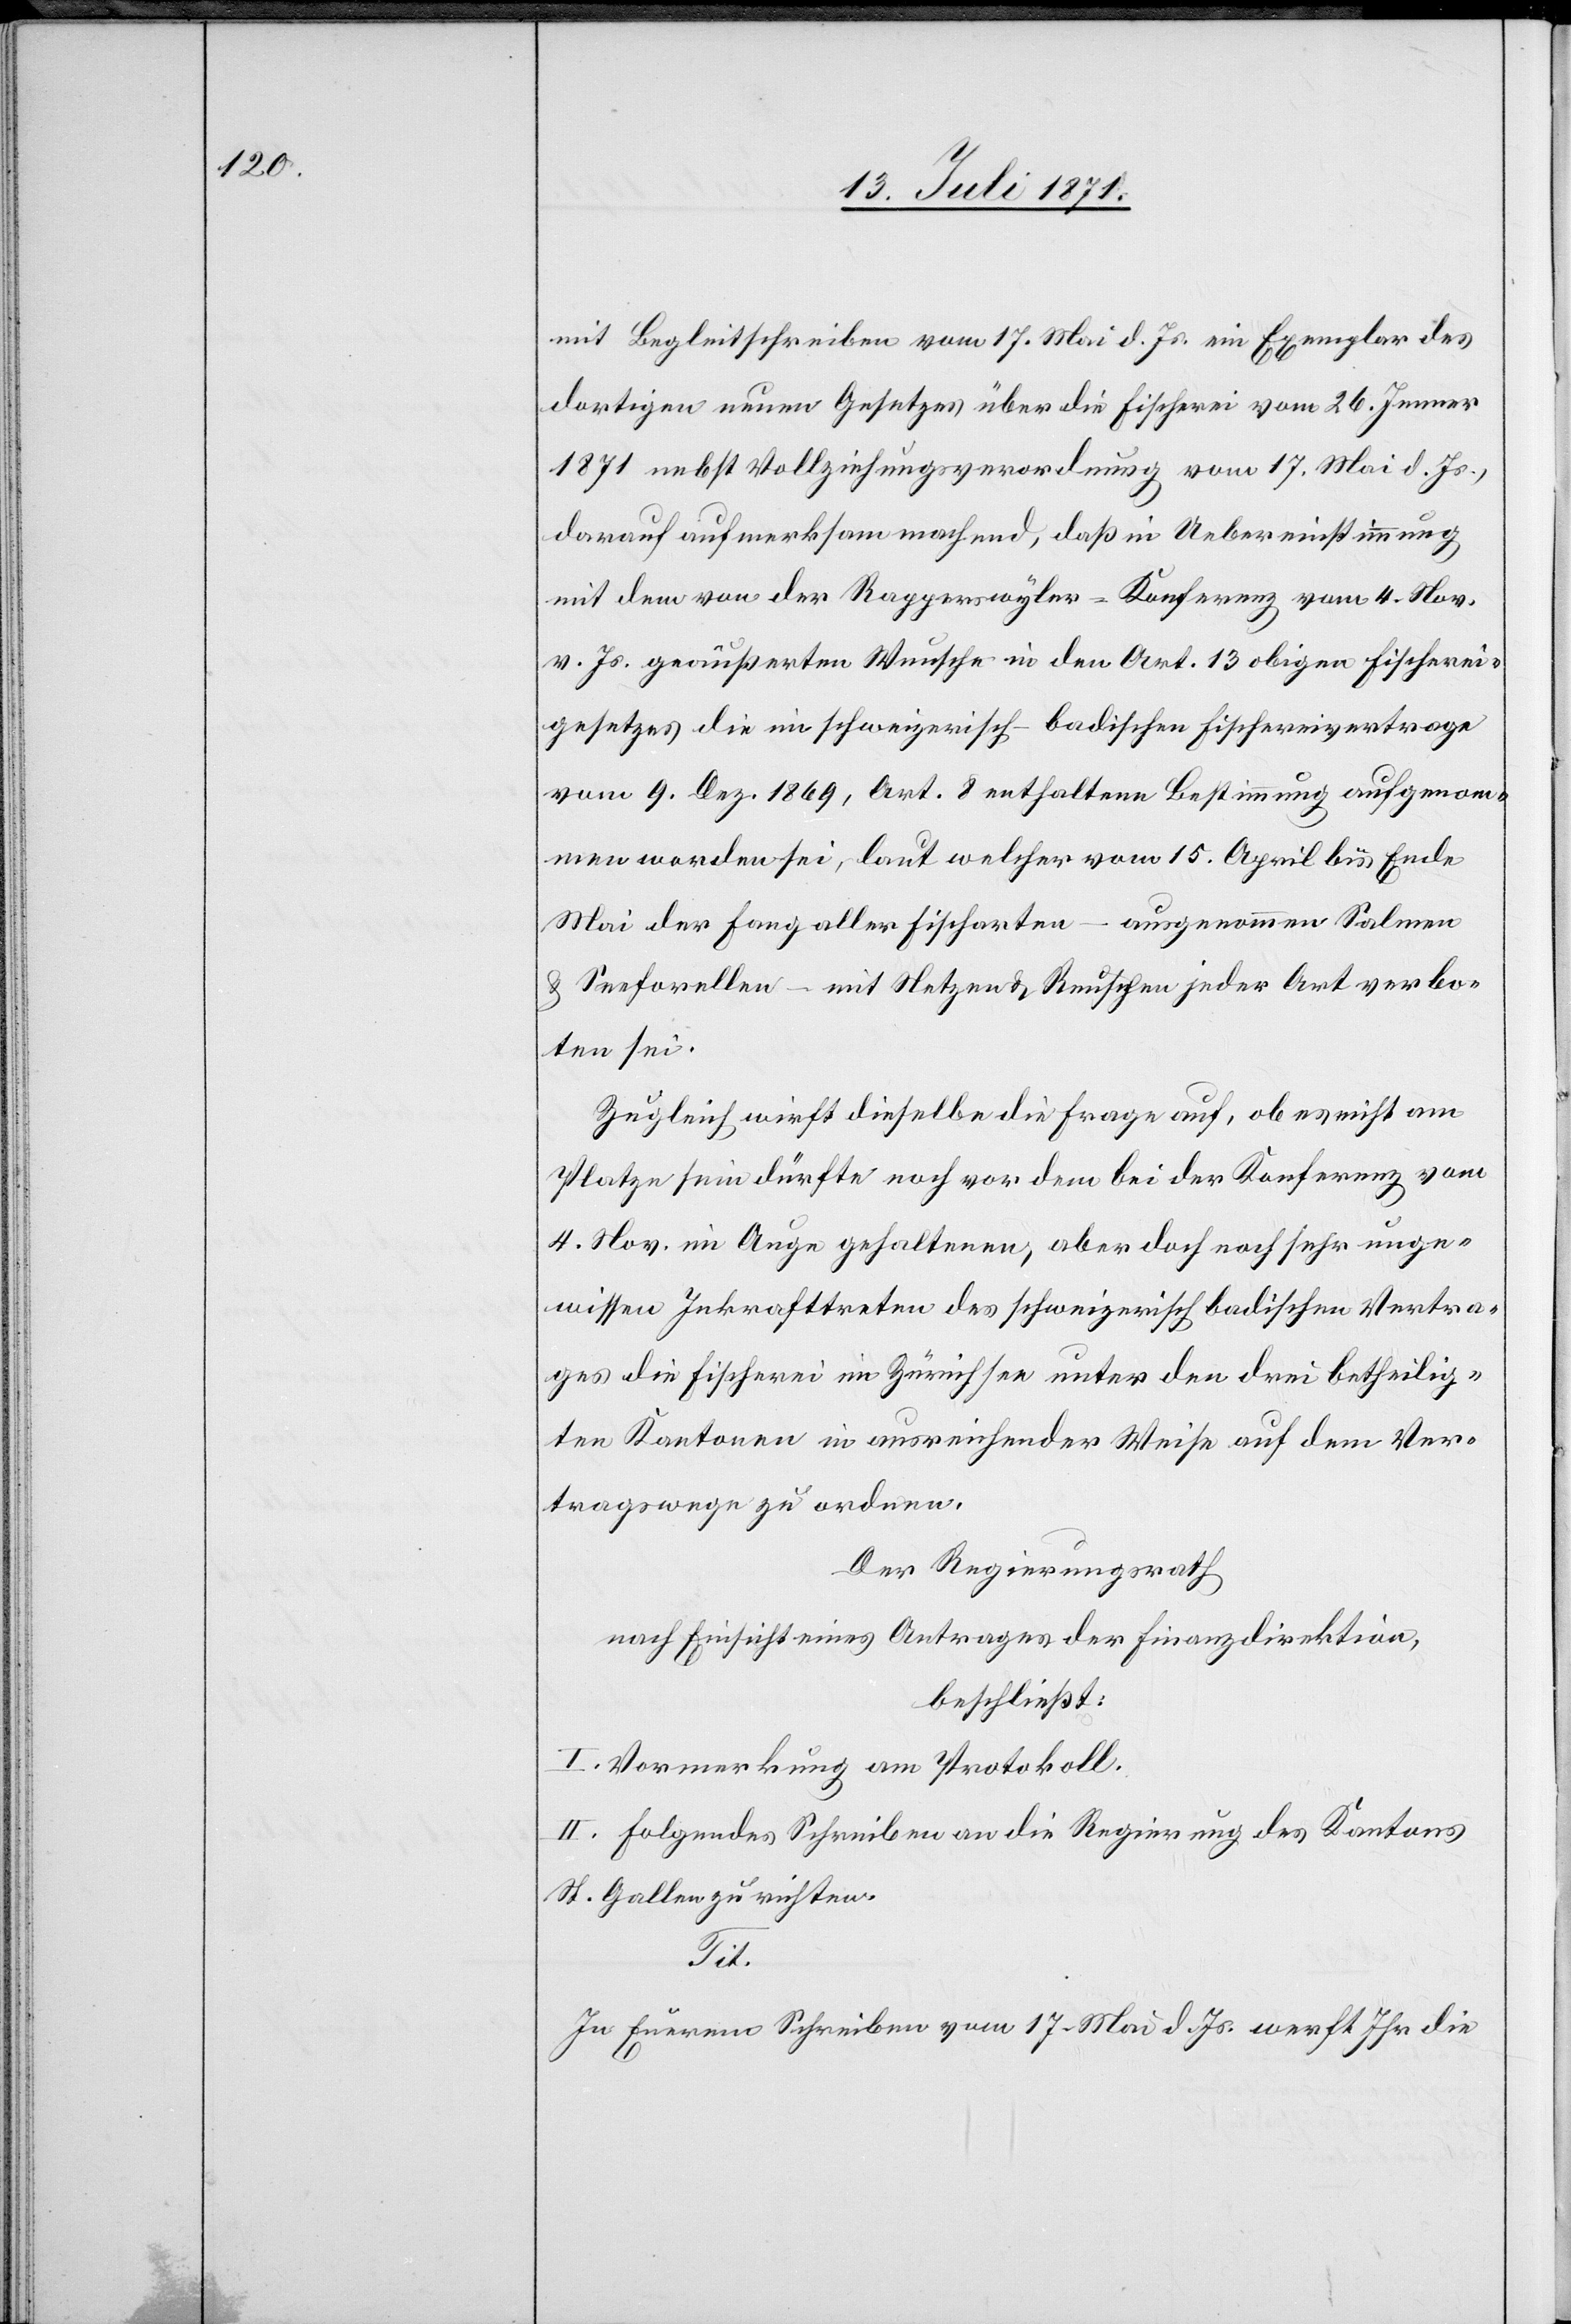
mit Begleitschreiben vom 17. Mai d. Js. ein Exemplar des
dortigen neuen Gesetzes über die Fischerei vom 26. Jenner
1871 nebst Vollziehungsverordnung vom 17. Mai d. Js.,
darauf aufmerksam machend, daß in Uebereinstimmung
mit dem von der Rapperswyler-Konferenz vom 4. Nov.
v. Js. geäußerten Wunsche in den Art. 13 obigen Fischerei¬
gesetzes die im schweizerisch-badischen Fischereivertrage
vom 9. Dez. 1869, Art. 8 enthaltene Bestimmung aufgenom¬
men worden sei, laut welcher vom 15. April bis Ende
Mai der Fang aller Fischarten – ausgenommen Salmen
u. Seeforellen – mit Netzen u. Reuschen jeder Art verbo¬
ten sei.
Zugleich wirft dieselbe die Frage auf, ob es nicht am
Platze sein dürfte noch vor dem bei der Konferenz vom
4. Nov. im Auge gehaltenen, aber doch noch sehr unge¬
wissen Inkrafttreten des schweizerisch badischen Vertra¬
ges die Fischerei im Zürichsee unter den drei betheilig¬
ten Kantonen in ausreichender Weise auf dem Ver¬
tragswege zu ordnen.
Der Regierungsrath
nach Einsicht eines Antrages der Finanzdirektion,
beschließt:
I. Vormerkung am Protokoll.
II. Folgendes Schreiben an die Regierung des Kantons
St. Gallen zu richten.
Tit.
In Eurem Schreiben vom 17. Mai d. Js. werft Ihr die